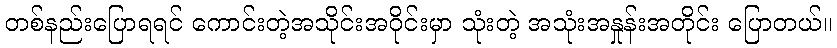
တစ်နည်းပြောရရင် ကောင်းတဲ့အသိုင်းအဝိုင်းမှာ သုံးတဲ့ အသုံးအနှုန်းအတိုင်း ပြောတယ်။